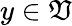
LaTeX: y\in\mathfrak{V}